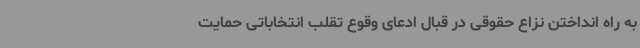
به راه انداختن نزاع حقوقی در قبال ادعای وقوع تقلب انتخاباتی حمایت